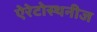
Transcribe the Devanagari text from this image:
ऐरेटोस्थनीज